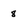
Character: 8